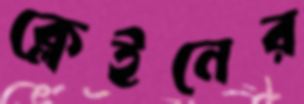
ক্লেইনের